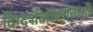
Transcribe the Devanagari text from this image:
दिग्दर्शकांबरोबरही